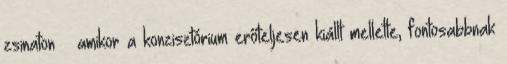
zsinaton – amikor a konzisztórium erőteljesen kiállt mellette, fontosabbnak